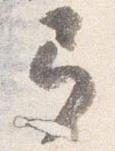
弓